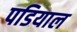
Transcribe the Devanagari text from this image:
पडियाल